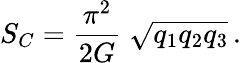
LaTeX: S_{C}=\frac{\pi^{2}}{2G}\; \sqrt{q_{1}q_{2}q_{3}}\, .